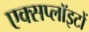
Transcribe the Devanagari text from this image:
एक्सप्लॉइटों